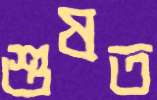
শুষত